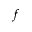
f